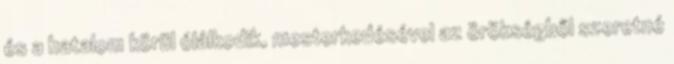
és a hatalom körül ólálkodik, mesterkedésével az örökségből szeretné